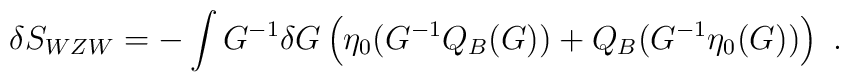
\delta S_{WZW}=-\int G^{-1}\delta G\left(\eta_0(G^{-1}Q_B(G))+Q_B(G^{-1}\eta_0(G))\right) \ .